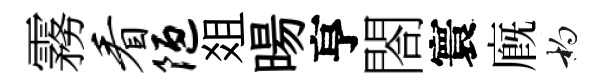
霧看陋爼暘亨閤寰廐杓